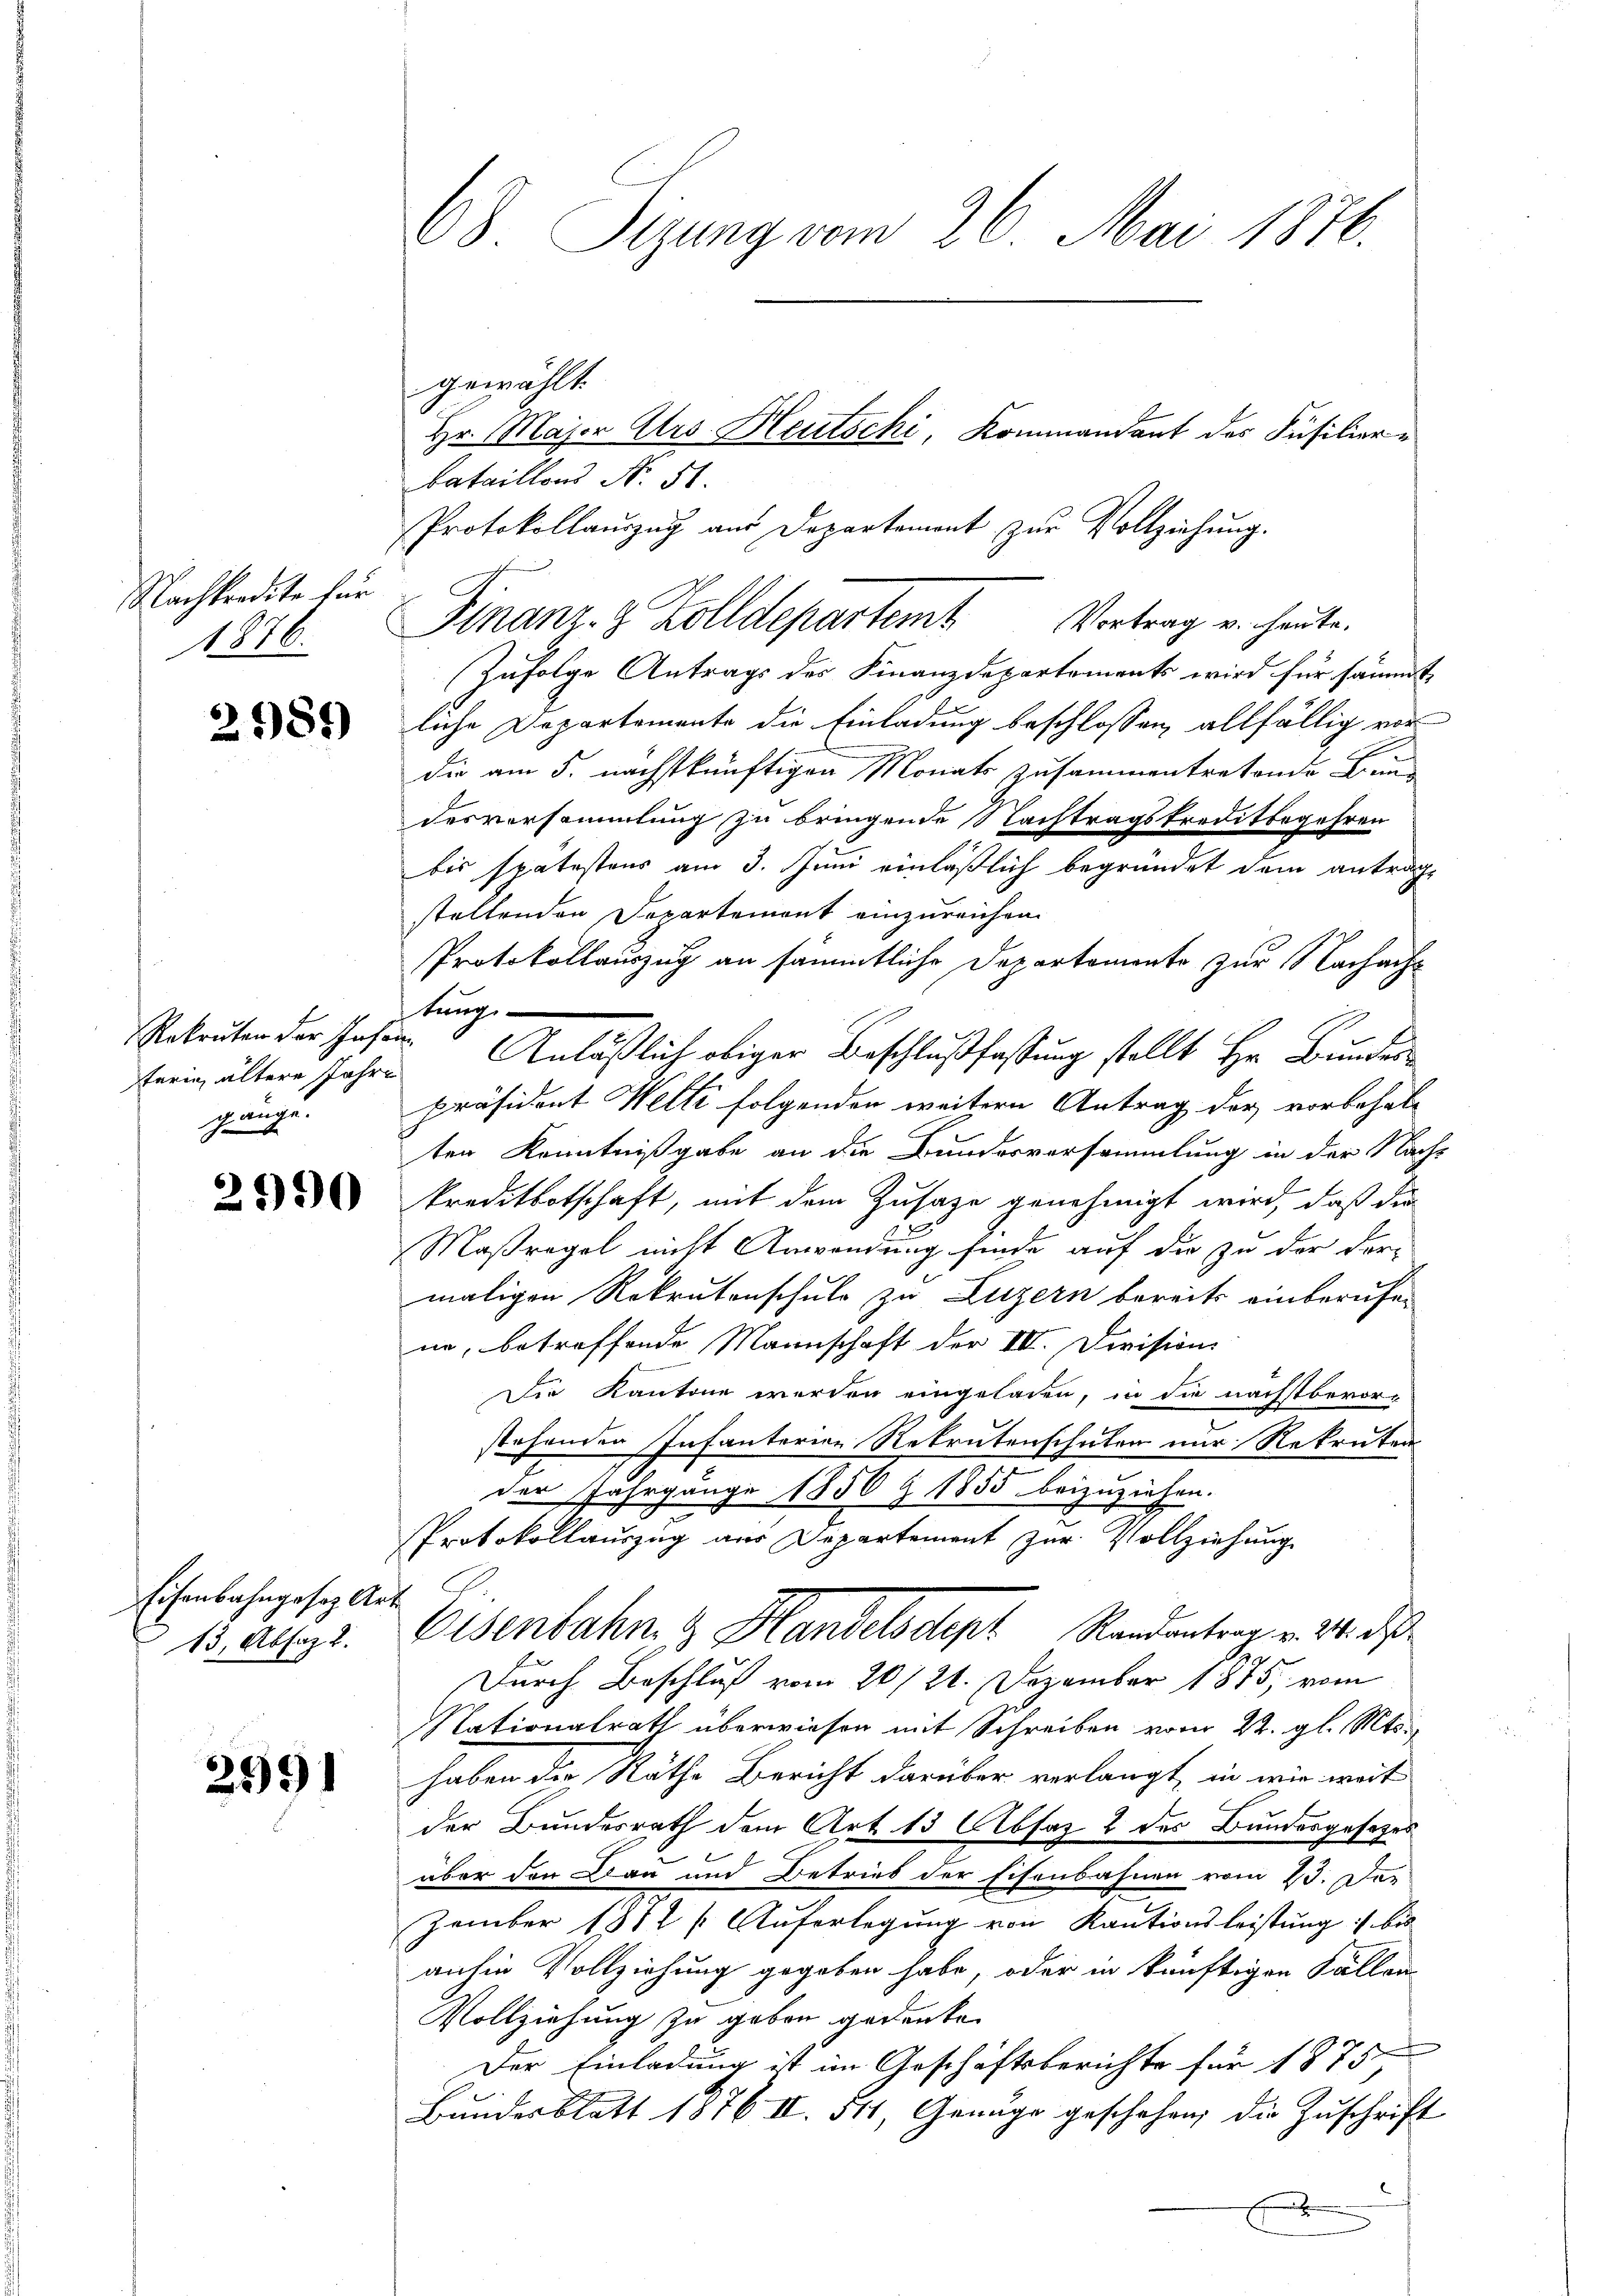
Nachkredite für
1876.

2981)

Rekruten der Inse
terin ältere Jahre
gange.

2990

Eisenbahngesetz Ar¬
13, Absaz 1.

2991

68 Sizung vom 26. Mai 1876.

gewählt.
Zufolge Antrags der Finanzdepartements wird für sämmt
liche Departemente die Einladung beschlossen, allfällig vor
die am 5. nächstkünftigen Monats zusammentretende Bun
desversammlung zu bringende Nachtragskreditbegehren
bis spätestens am 3. Juni einläßlich begründet dem antragstellenden Departement einzureichen.
Protokollauszug an sämmtliche Departemente zur Nachachtung
Anläßlich obiger Beschlußfassung stellt Hr. Bundespräsident Welti folgenden weitern Antrag der vorbehalten Kenntnißgabe an die Bundesversammlung in der Nach-
s
kreditbotschaft, mit dem Zusage genehmigt wird, daß die
Maßregel nicht Anwendung finde auf die zu der der-
maligen Rekrutenschuld zu Luzern bereits einberufen
ne, betreffende Mannschaft der IV. Divisions
Die Kantone werden eingeladen, in die nächstbevor-
stehenden Infanterien Rekrutenschulen nur Rekruten
der Jahrgänge 1850 Z 1855 beizuziehen.
Protokollauszug aus Departement zur Vollziehung
Eisenbahn & Handelsdept Randantrag v. 24. des
Durch Beschluß vom 20./21. Dezember 1875, vom
Nationalrath überwiesen mit Schreiben vom 22. gl. Mts.
haben die Räthe Bericht darüber verlangt, in wie weit
der Bundesrath dem Art. 13 Absaz 2 des Bundesgesetzes
über den Bau und Betrieb der Eisenbahnen vom 23. Das
zember 1872 s. Auferlegung von Kautionsleistung :/ bis
anhin Vollziehung gegeben habe, oder in künftigen Fällen
Vollziehung zu geben gedenken
Der Einladung ist im Geschäftsberichte für 1875
Bundesblatt 1876 II. 511, Genüge geschehen, die Zuschrift
.
.

bataillons No. 51.
Protokollaŭszŭg aŭs Departement zŭr Vollziehŭng.
Finanz- & Zolldepartem Vortrag u. heute.

Hr. Major Ars. Heutschi, Kommandant des Füsilier-